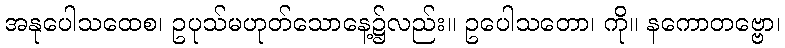
အနုပေါသထေစ၊ ဥပုသ်မဟုတ်သောနေ့၌လည်း။ ဥပေါသတော၊ ကို။ နကောတဗ္ဗော၊